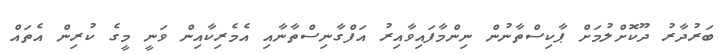
ބަރުދާރު ދޫކޮށްލުމަށް ޕާކިސްތާނުން ނިންމާފައިވާއިރު އަފްގާނިސްތާނާއި އެމެރިކާއިން ވަނީ މީގެ ކުރިން އެތައް